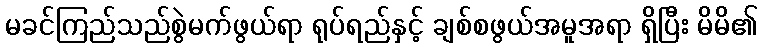
မခင်ကြည်သည်စွဲမက်ဖွယ်ရာ ရုပ်ရည်နှင့် ချစ်စဖွယ်အမူအရာ ရှိပြီး မိမိ၏